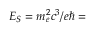
E _ { S } = m _ { e } ^ { 2 } c ^ { 3 } / e \hbar =